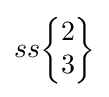
ss{\begin{Bmatrix}2\\3\end{Bmatrix}}